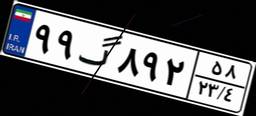
۹۹گ۸۹۲۵۸